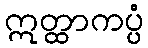
ဣတ္ထာကပ္ပံ